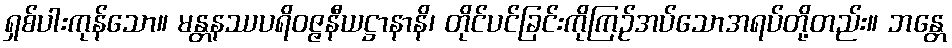
ရှစ်ပါးကုန်သော။ မန္တနဿပရိဝဇ္ဇနီယဋ္ဌာနာနိ၊ တိုင်ပင်ခြင်းကိုကြဉ်အပ်သောအရပ်တို့တည်း။ ဘန္တေ